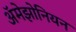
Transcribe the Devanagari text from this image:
ॲमेझोनियन